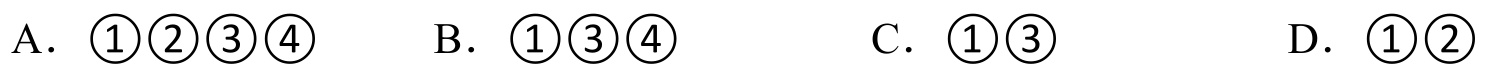
A. \(\textcircled{1}\textcircled{2}\textcircled{3}\textcircled{4}\)  \(\quad\) B. \(\textcircled{1}\textcircled{3}\textcircled{4}\)  \(\quad\) C. \(\textcircled{1}\textcircled{3}\)  \(\quad\) D. \(\textcircled{1}\textcircled{2}\)